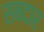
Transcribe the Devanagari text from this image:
सबदार